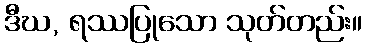
ဒီဃ, ရဿပြုသော သုတ်တည်း။